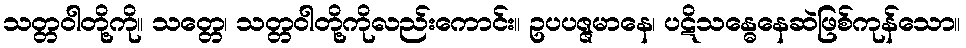
သတ္တဝါတို့ကို။ သတ္တေ၊ သတ္တဝါတို့ကိုလည်းကောင်း။ ဥပပဇ္ဇမာနေ၊ ပဋိသန္ဓေနေဆဲဖြစ်ကုန်သော။